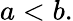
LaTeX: a<b.